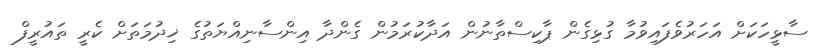
ސާޅީހަކަށް އަހަރުވެފައިވުމާ ގުޅިގެން ޕާކިސްތާނުން އަދާކުރަމުން ގެންދާ އިންސާނިއްޔަތުގެ ޚިދުމަތަށް ކެރީ ތައުރީފް